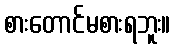
စားတောင်မစားရဘူး။